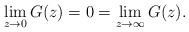
LaTeX: \begin{gather*}\lim_{z\rightarrow 0 } G(z) = 0 = \lim_{z\rightarrow \infty } G(z).\end{gather*}